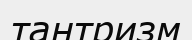
тантризм